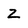
Character: Z